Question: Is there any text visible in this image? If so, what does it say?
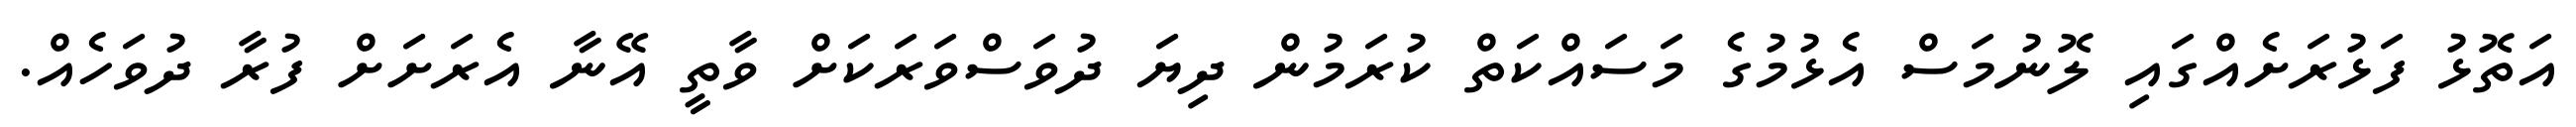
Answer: އަތޮޅު ފަޅުރަށެއްގައި ލޮނުމަސް އެޅުމުގެ މަސައްކަތް ކުރަމުން ދިޔަ ދުވަސްވަރަކަށް ވާތީ އޭނާ އެރަށަށް ފުރާ ދުވަހެއް.